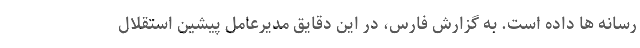
رسانه ها داده است. به گزارش فارس، در این دقایق مدیرعامل پیشین استقلال